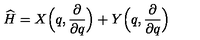
\widehat { H } = X \Bigl ( q , \frac { \partial } { \partial q } \Bigr ) + Y \Bigl ( q , \frac { \partial } { \partial q } \Bigr )